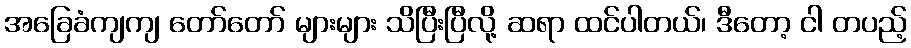
အခြေခံကျကျ တော်တော် များများ သိပြီးပြီလို့ ဆရာ ထင်ပါတယ်၊ ဒီတော့ ငါ တပည့်